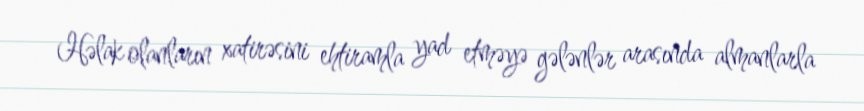
Həlak olanların xatirəsini ehtiramla yad etməyə gələnlər arasında almanlarla